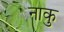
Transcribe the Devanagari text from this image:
नाकु